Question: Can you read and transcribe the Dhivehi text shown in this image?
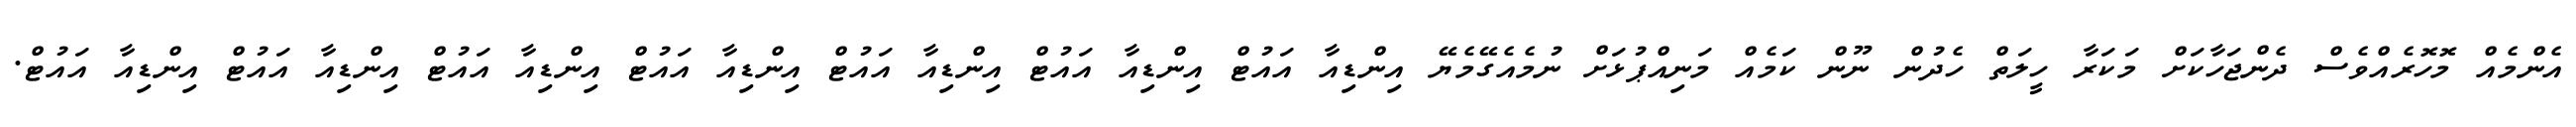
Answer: އެންމެއް މޮހޮރެއްވެސް ދެންޖަހާކަށް މަކަރާ ހީލަތް ހެދުން ނޫން ކަމެއް މަނިއްޕުޅަށް ނުމެއެގޭމެޔޭ އިންޑިއާ އައުޓް އިންޑިއާ އައުޓް އިންޑިއާ އައުޓް އިންޑިއާ އައުޓް އިންޑިއާ އައުޓް އިންޑިއާ އައުޓް އިންޑިއާ އައުޓް.